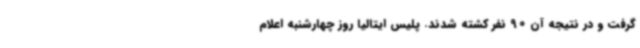
گرفت و در نتیجه آن 90 نفر کشته شدند. پلیس ایتالیا روز چهارشنبه اعلام